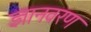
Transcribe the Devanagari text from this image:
ज्ञानवरण